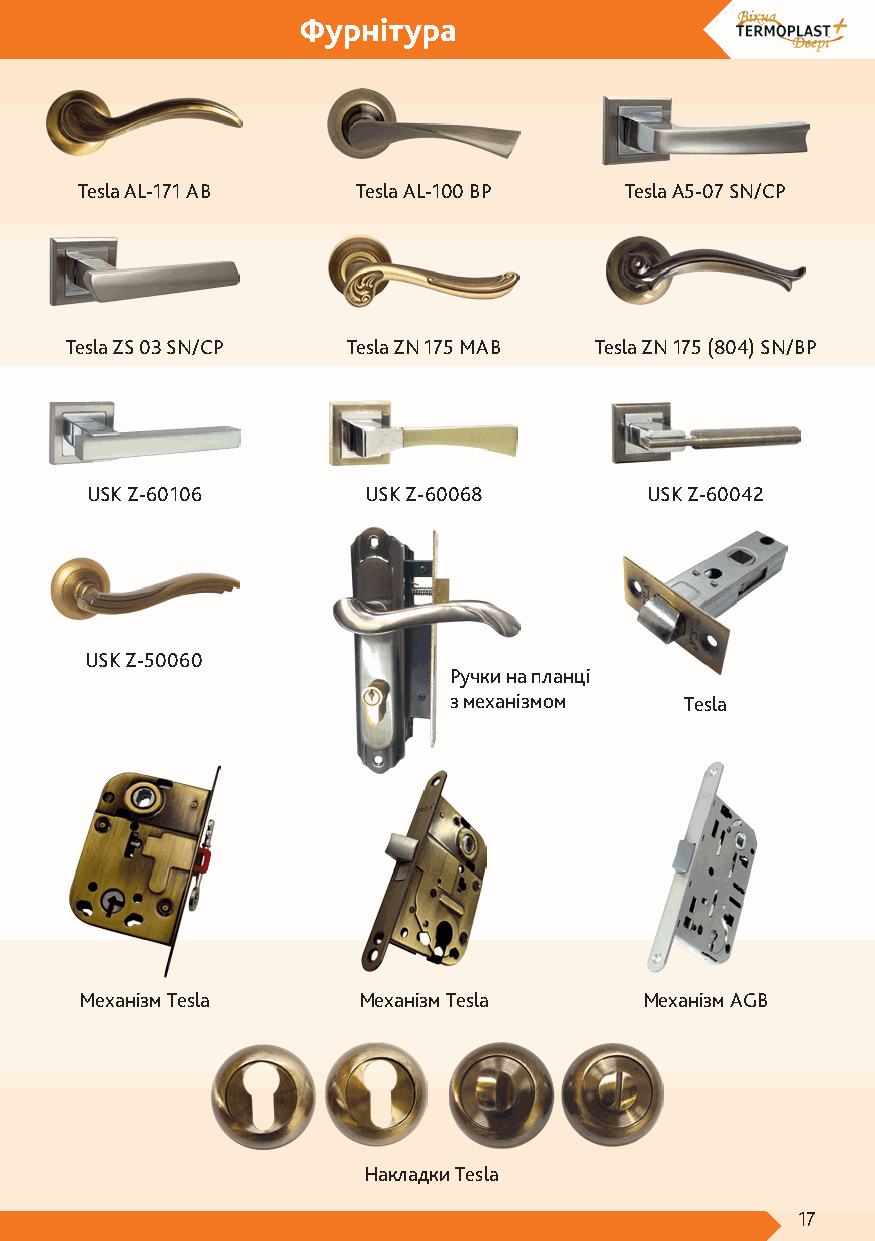
Фурнітура
 Tesla AL-171 AB    Tesla AL-100 BP  Tesla A5-07 SN/CP
 Tesla ZS 03 SN/CP  Tesla ZN 175 MAB Tesla ZN 175 (804) SN/BP
 USK Z-60106       USK Z-60068        USK Z-60042
 USK Z-50060
 Ручки на планці
 з механізмом   Tesla
 Meханізм Tesla     Meханізм Tesla    Meханізм AGB
 Накладки Tesla
 17